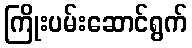
ကြိုးပမ်းဆောင်ရွက်